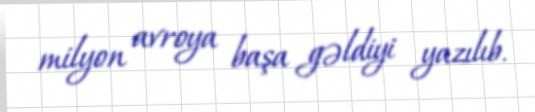
milyon avroya başa gəldiyi yazılıb.